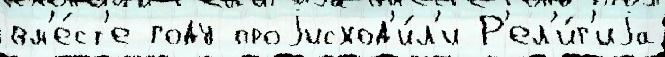
вм'е́ст'е году проjисход'и́л'и Р'ел'и́г'иjа